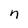
Character: n